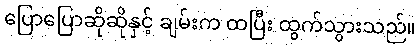
ပြောပြောဆိုဆိုနှင့် ချမ်းက ထပြီး ထွက်သွားသည်။